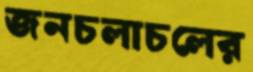
জনচলাচলের